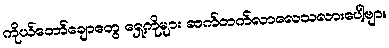
ကိုယ်တော်ချောတွေ ရှေ့ကိုများ ဆက်တက်လာလေသလားပေါ့ဗျာ။